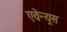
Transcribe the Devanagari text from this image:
एवेन्यूस